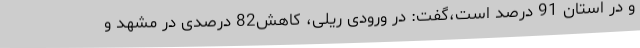
و در استان 91 درصد است،گفت: در ورودی ریلی، کاهش82 درصدی در مشهد و